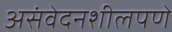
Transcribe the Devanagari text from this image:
असंवेदनशीलपणे